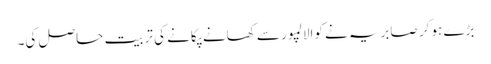
بڑے ہو کر صابریہ نے کوالالمپور سے کھانے پکانے کی تربیت حاصل کی۔